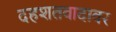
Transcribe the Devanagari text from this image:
दहशतवादावर